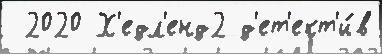
 2020 Х'едл'енд2 д'ет'ект'и́в